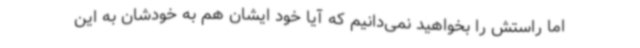
اما راستش را بخواهید نمی‌دانیم که آیا خود ایشان هم به خودشان به این